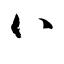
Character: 八